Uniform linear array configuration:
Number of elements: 12
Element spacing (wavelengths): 0.75
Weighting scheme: hann
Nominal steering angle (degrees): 0
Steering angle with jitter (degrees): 0.6323
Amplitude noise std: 0.05
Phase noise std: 0.05

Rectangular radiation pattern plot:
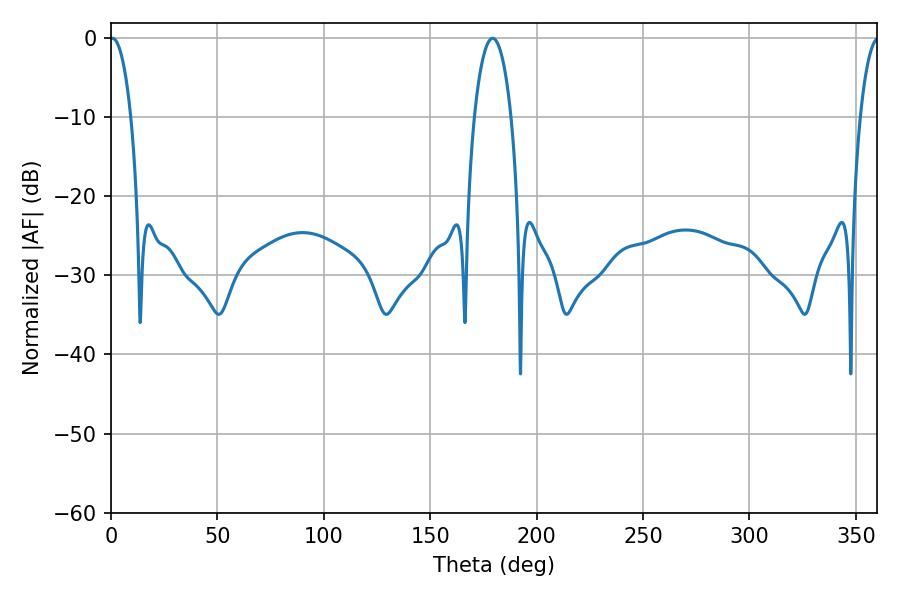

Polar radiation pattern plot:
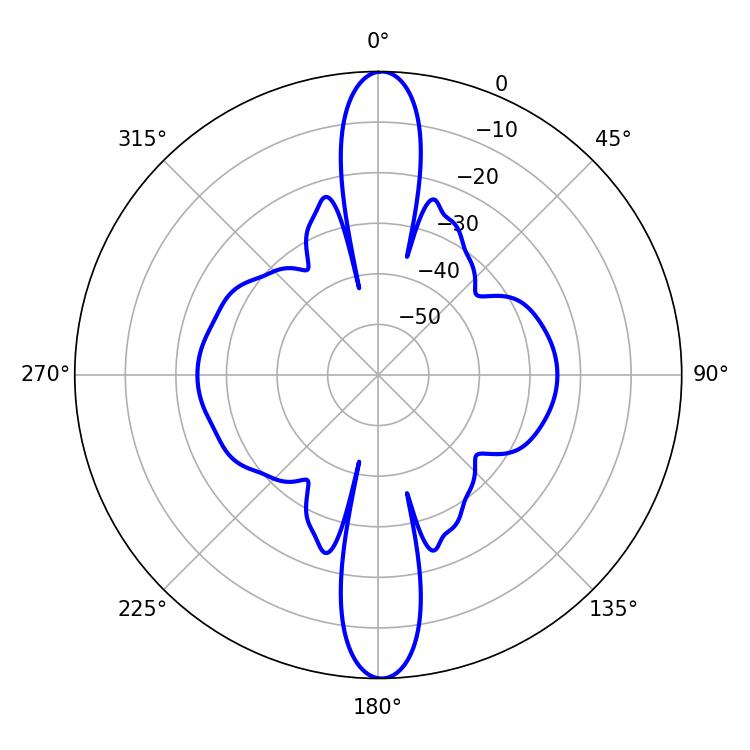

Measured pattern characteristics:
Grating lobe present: TRUE
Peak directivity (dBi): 27.395
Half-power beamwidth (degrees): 9.72
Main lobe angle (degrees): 179.28